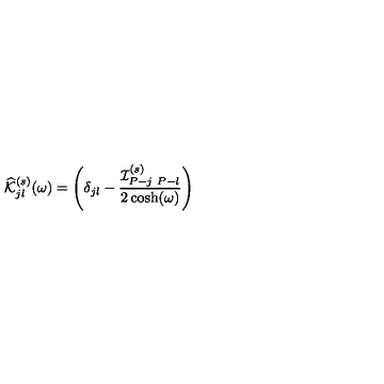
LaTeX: \widehat { \cal K } _ { j l } ^ { ( s ) } ( \omega ) = \left( \delta _ { j l } - \frac { { \cal I } _ { P - j \ P - l } ^ { ( s ) } } { 2 \cosh ( \omega ) } \right)